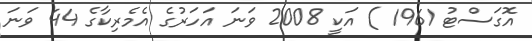
އޮގަސްޓު 1961 ) އަކީ 2008 ވަނަ އަހަރުގެ އެމެރިކާގެ 44 ވަނަ